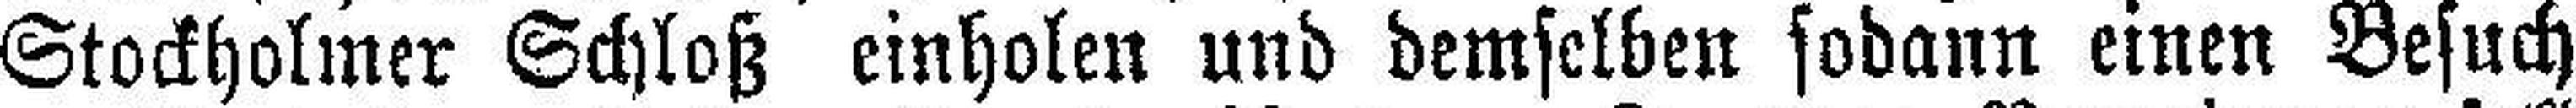
Stockholmer Schloß einholen und demselben sodann einen Besuch